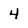
Character: 4